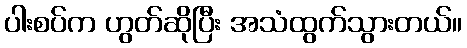
ပါးစပ်က ဟွတ်ဆိုပြီး အသံထွက်သွားတယ်။